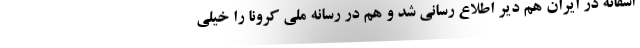
اسفانه در ایران هم دیر اطلاع رسانی شد و هم در رسانه ملی کرونا را خیلی